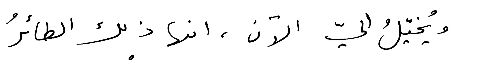
ويُخيّلُ اليّ الآن، انها ذلك الطائرُ